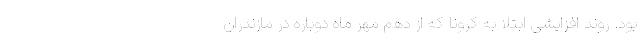
بود. روند افزایشی ابتلا به کرونا که از دهم مهر ماه دوباره در مازندران